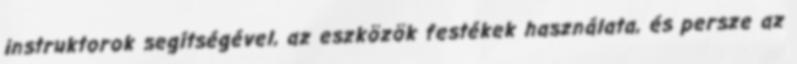
instruktorok segítségével, az eszközök festékek használata, és persze az